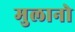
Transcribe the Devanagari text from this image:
मुलानो